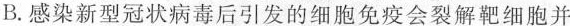
B.感染新型冠状病毒后引发的细胞免疫会裂解靶细胞并